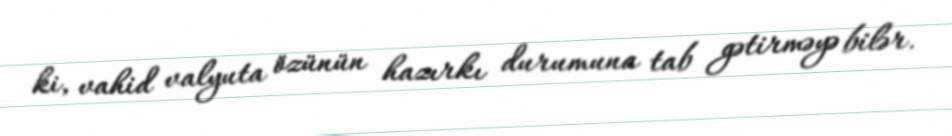
ki, vahid valyuta özünün hazırkı durumuna tab gətirməyə bilər.